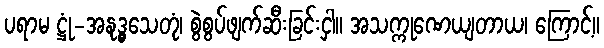
ပရာမ ဋ္ဌုံ-အနုဒ္ဓွသေတုံ၊ စွဲစွပ်ဖျက်ဆီးခြင်းငှါ။ အသက္ကုဏေယျတာယ၊ ကြောင့်။